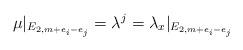
LaTeX: \begin{align*}\mu|_{E_{2,m+e_i -e_j}} = \lambda^j = \lambda_x|_{E_{2,m+e_i -e_j}} \end{align*}